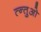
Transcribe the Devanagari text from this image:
त्न्तुओ